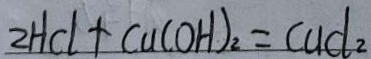
2 H C l + C u ( O H ) _ { 2 } = C u C l _ { 2 }